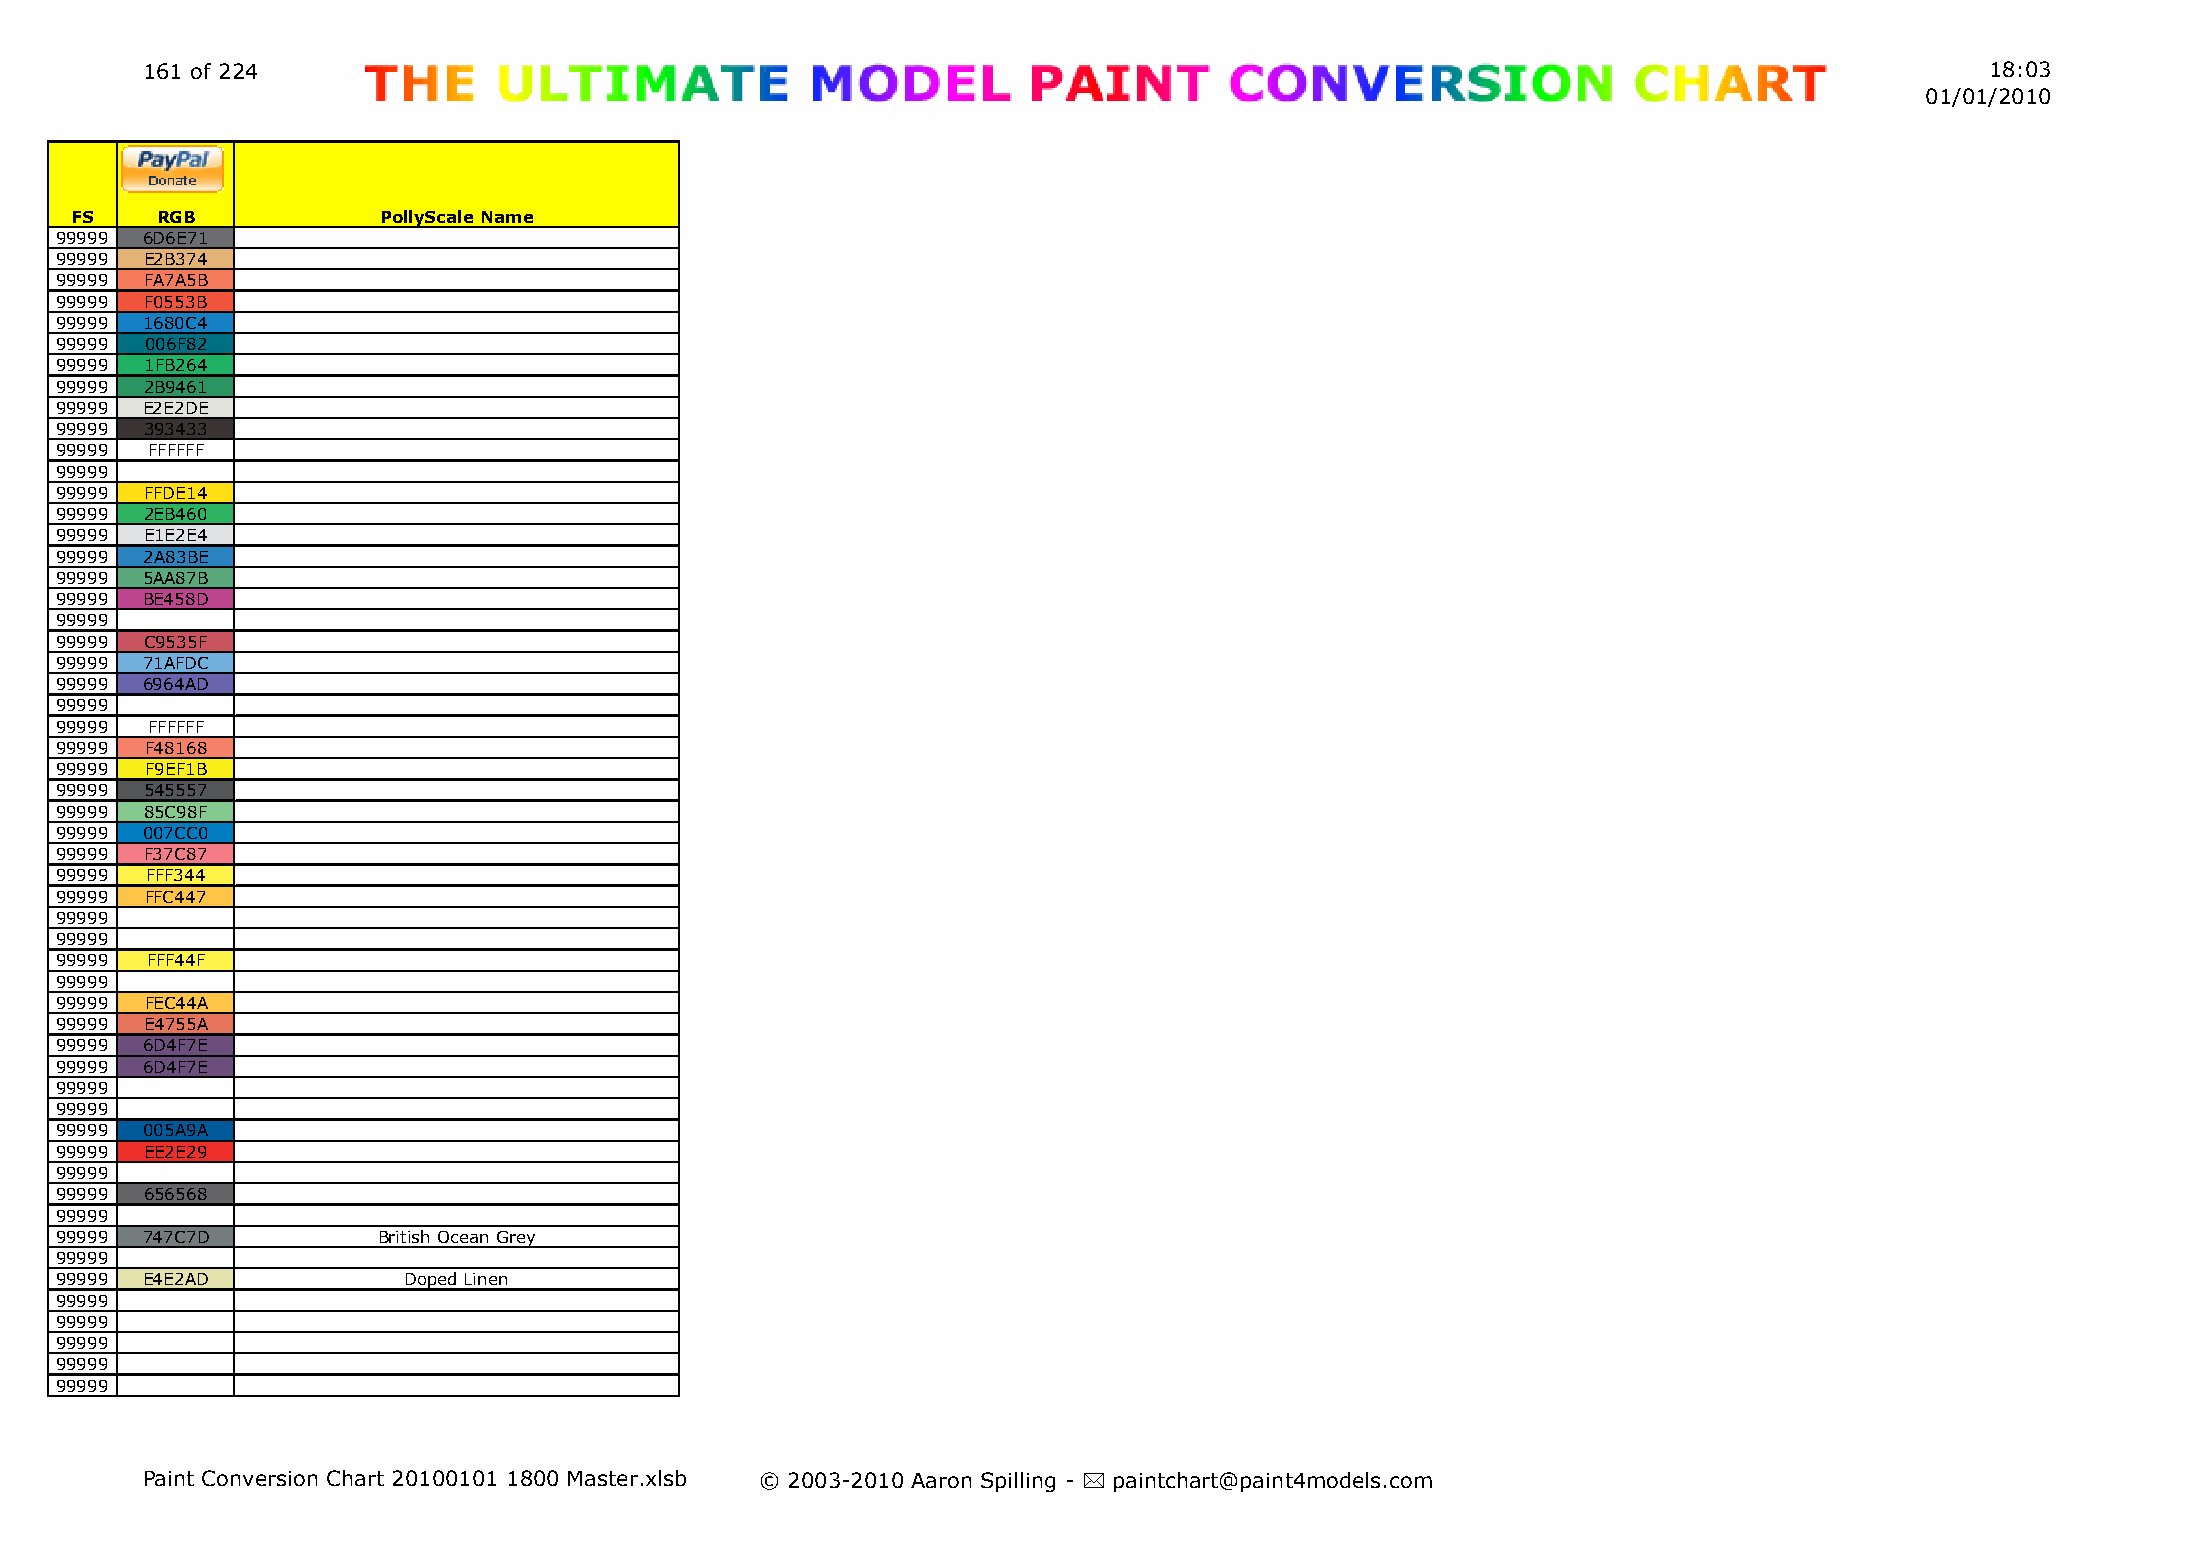
161 of 224                                                                                                                 18:03
 01/01/2010
 FS   RGB            PollyScale Name
 99999 6D6E71
 99999 E2B374
 99999 FA7A5B
 99999 F0553B
 99999 1680C4
 99999 006F82
 99999 1FB264
 99999 2B9461
 99999 E2E2DE
 99999 393433
 99999 FFFFFF
 99999
 99999 FFDE14
 99999 2EB460
 99999 E1E2E4
 99999 2A83BE
 99999 5AA87B
 99999 BE458D
 99999
 99999 C9535F
 99999 71AFDC
 99999 6964AD
 99999
 99999 FFFFFF
 99999 F48168
 99999 F9EF1B
 99999 545557
 99999 85C98F
 99999 007CC0
 99999 F37C87
 99999 FFF344
 99999 FFC447
 99999
 99999
 99999 FFF44F
 99999
 99999 FEC44A
 99999 E4755A
 99999 6D4F7E
 99999 6D4F7E
 99999
 99999
 99999 005A9A
 99999 EE2E29
 99999
 99999 656568
 99999
 99999 747C7D         British Ocean Grey
 99999
 99999 E4E2AD           Doped Linen
 99999
 99999
 99999
 99999
 99999
 Paint Conversion Chart 20100101 1800 Master.xlsb © 2003-2010 Aaron Spilling - * paintchart@paint4models.com